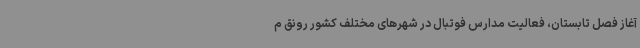
آغاز فصل تابستان، فعالیت مدارس فوتبال در شهرهای مختلف کشور رونق م